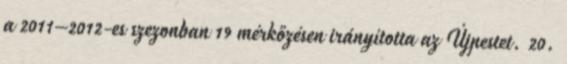
a 2011–2012-es szezonban 19 mérkőzésen irányította az Újpestet. 20.